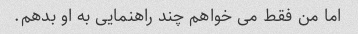
اما من فقط می خواهم چند راهنمایی به او بدهم.